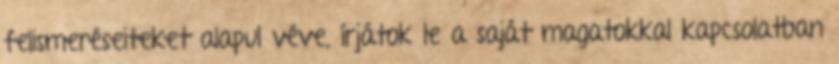
felismeréseiteket alapul véve, írjátok le a saját magatokkal kapcsolatban